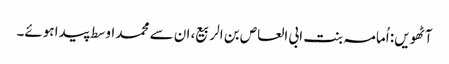
آٹھویں: اُمامہ بنت ابی العاص بن الربیع، ان سے محمد اوسط پیدا ہوئے۔